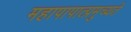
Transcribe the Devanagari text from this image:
महापापात्प्रमुच्यते